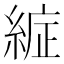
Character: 𮈞